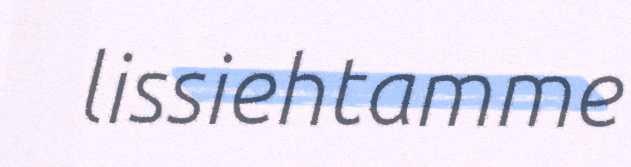
lissiehtamme